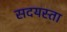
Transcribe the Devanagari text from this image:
सदयस्ता